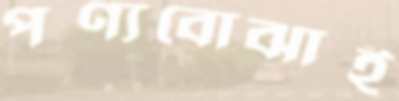
পণ্যবোঝাই